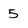
Character: 5